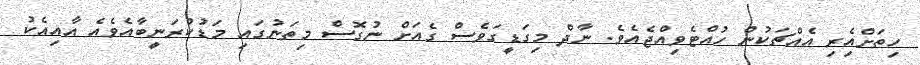
ހިތަށްއިެރި އެއްޗަކުން ހުއްޓެވިއްޖެއެވެ. ނާދް މިގަޑީގަވެސް ގެއަށް ނުގޮސް މިތަނުގައި މަޑުކުރަނީބާއެވެއެ އާއިއެކު